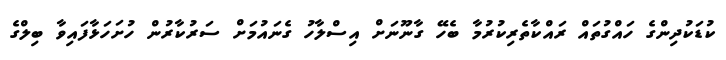
ކުޑަކުދިންގެ ހައްގުތައް ރައްކާތެރިކުރުމާ ބެހޭ ގާނޫނަށް އިސްލާހު ގެނައުމަށް ސަރުކާރުން ހުށަހަޅާފައިވާ ބިލްގެ